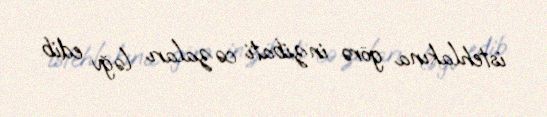
istehlakına görə inzibati cəzaları ləğv edib.